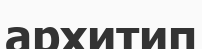
архитип